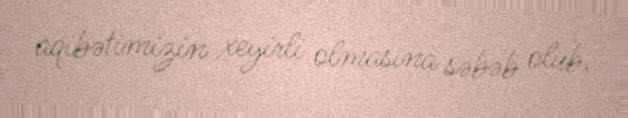
aqibətimizin xeyirli olmasına səbəb olub.